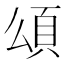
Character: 𩑑